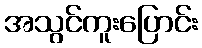
အသွင်ကူးပြောင်း